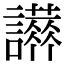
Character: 𧭪